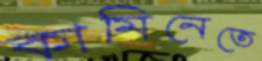
কামিনেতে